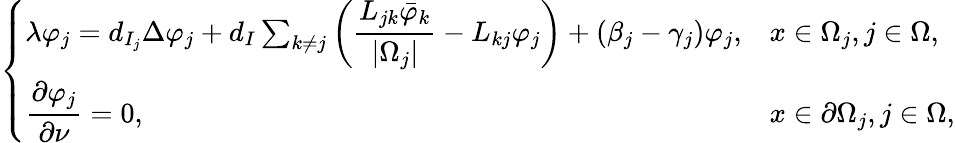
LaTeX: \left\{ \begin{array}{ll}{\lambda\varphi_{j}=d_{I_{j}}\Delta\varphi_{j}+d_{I}\sum_{k\neq j}\left(\displaystyle\frac{L_{jk}\bar{\varphi}_{k}}{|\Omega_{j}|}-L_{kj}\varphi_{j}\right)+(\beta_{j}-\gamma_{j})\varphi_{j},}&{x\in\Omega_{j},j\in\Omega,}\\ {\displaystyle\frac{\partial\varphi_{j}}{\partial\nu}=0,}&{x\in\partial\Omega_{j},j\in\Omega,}\end{array}\right.